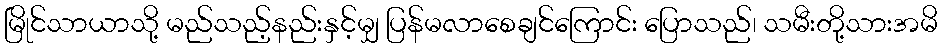
မြိုင်သာယာသို့ မည်သည့်နည်းနှင့်မျှ ပြန်မလာစေချင်ကြောင်း ပြောသည်၊ သမီးတို့သားအမိ